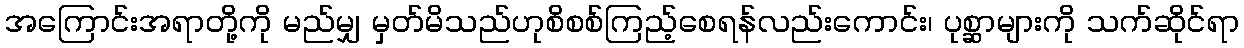
အကြောင်းအရာတို့ကို မည်မျှ မှတ်မိသည်ဟုစိစစ်ကြည့်စေရန်လည်းကောင်း၊ ပုစ္ဆာများကို သက်ဆိုင်ရာ